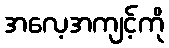
အလေ့အကျင့်ကို